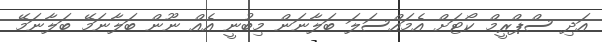
އަދި ސްޕްރީމް ކޯޓަށް އެމައްސަލަ ބަލާނަން މިބުނީ އެއް ނޫން ބަލާނަމޭ ބަލާނަމޭ